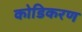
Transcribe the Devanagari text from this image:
कोडिकरण